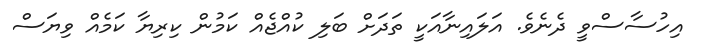
އިހުސާސްވީ ދެނެވެ. އަލައިނާއަކީ ތަދަށް ބަލި ކުއްޖެއް ކަމުން ކިރިޔާ ކަމެއް ވިޔަސް